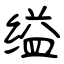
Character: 缢